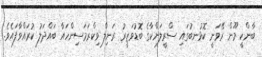
ބާންކީ މޫން ރޭވަނީ ކޮޅުނބުގައި ސްރީލަންކާގެ ބޮޑުވަޒީރު ރަނިލް ވިކްރަމަސިންހައާ ބައްދަލު ކުރައްވާފައެވެ.